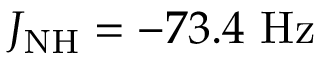
J _ { \mathrm { N H } } = - 7 3 . 4 ~ \mathrm { H z }